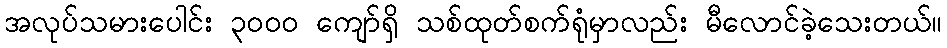
အလုပ်သမားပေါင်း ၃၀၀၀ ကျော်ရှိ သစ်ထုတ်စက်ရုံမှာလည်း မီလောင်ခဲ့သေးတယ်။